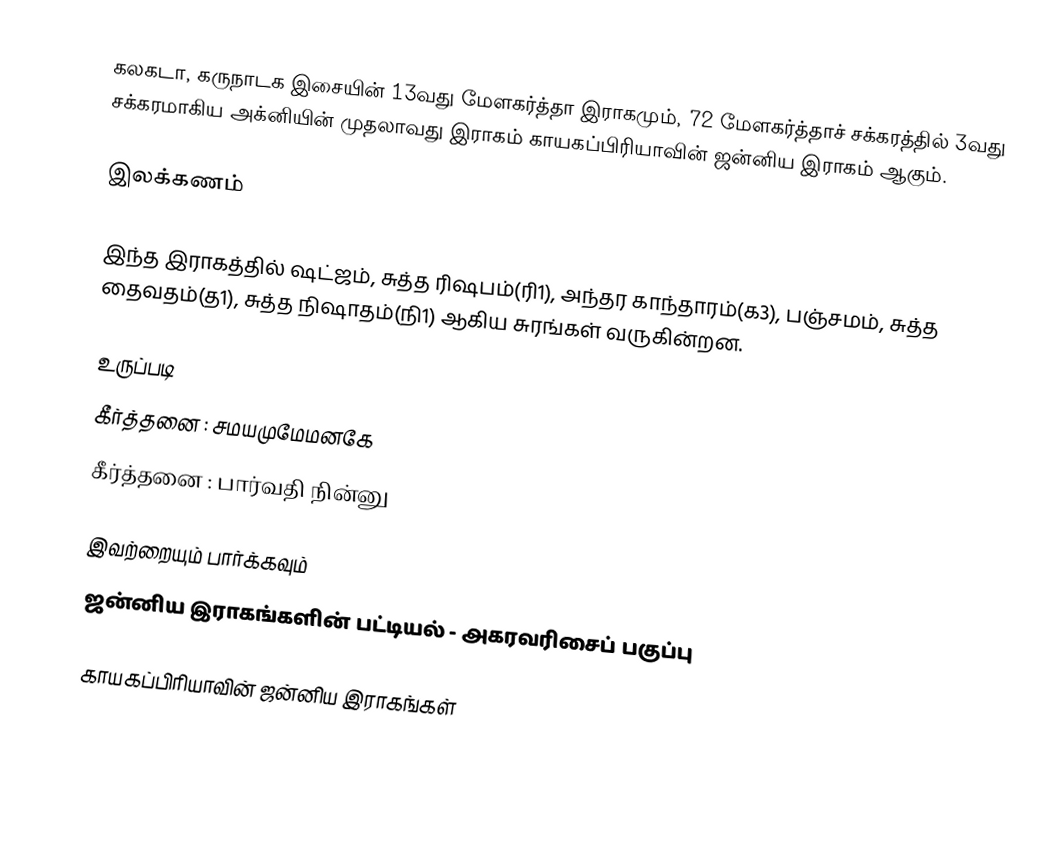
கலகடா, கருநாடக இசையின் 13வது மேளகர்த்தா இராகமும், 72 மேளகர்த்தாச் சக்கரத்தில் 3வது சக்கரமாகிய அக்னியின் முதலாவது இராகம் காயகப்பிரியாவின் ஜன்னிய இராகம் ஆகும்.

இலக்கணம்

இந்த இராகத்தில் ஷட்ஜம், சுத்த ரிஷபம்(ரி1), அந்தர காந்தாரம்(க3), பஞ்சமம், சுத்த தைவதம்(த1), சுத்த நிஷாதம்(நி1) ஆகிய சுரங்கள் வருகின்றன.

உருப்படி
 கீர்த்தனை : சமயமுமேமனகே
 கீர்த்தனை : பார்வதி நின்னு

இவற்றையும் பார்க்கவும்
 ஜன்னிய இராகங்களின் பட்டியல் - அகரவரிசைப் பகுப்பு

காயகப்பிரியாவின் ஜன்னிய இராகங்கள்